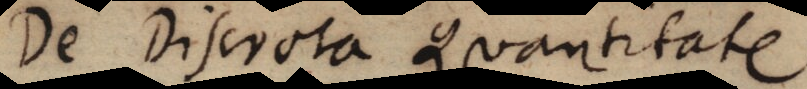
De Discreta Quantitate